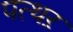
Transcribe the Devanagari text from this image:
पत्थऱ